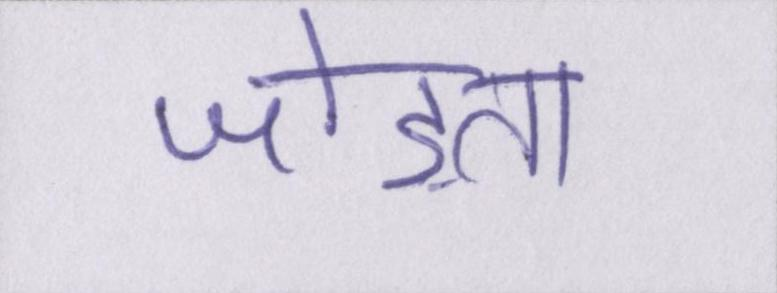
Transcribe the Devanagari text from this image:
जोड़ता